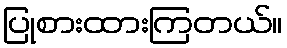
ပြုစားထားကြတယ်။